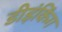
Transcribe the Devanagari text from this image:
डीइंकिंग